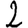
Digit: 2